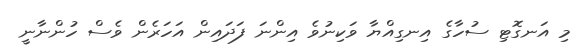
މި އަނގޮޓި ސުހާގެ އިނގިއްޔާ ވަކިނުވެ އިންނަ ފަދައިން އަހަރެން ވެސް ހުންނާނީ